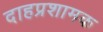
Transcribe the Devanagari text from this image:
दाहप्रशामक